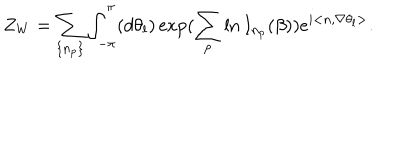
Z _ { W } = \sum _ { \left\{ n _ { p } \right\} } \int _ { - \pi } ^ { \pi } ( d \theta _ { l } ) \exp ( \sum _ { p } \ln I _ { n _ { p } } ( \beta ) ) e ^ { i < n , \nabla \theta _ { l } > } .